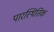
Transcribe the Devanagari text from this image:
पारस्थितिक